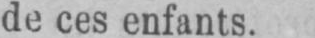
de ces enfants.